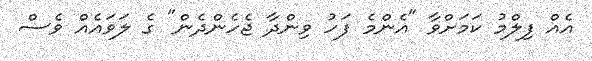
އެއް ފިލްމު ކަމަށްވާ "އެންމެ ފަހު ވިންދާ ޖެހެންދެން" ގެ ލަވައެއް ވެސް